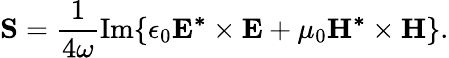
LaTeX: \mathbf{S}=\frac{1}{4\omega}\textrm{Im}\{ \epsilon_{0}\mathbf{E^{*}\times E}+\mu_{0}\mathbf{H^{*}\times H}\} .